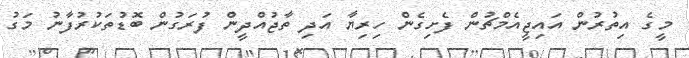
މީގެ އިތުރުން އައިޖީއެމްޗުން ފެށިގެން ހިރިޔާ އަދި ތާޖުއްދީން ފުރަގުން ބޮޑުތަކުރުފާނު މަގު